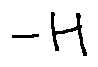
- H